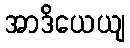
အာဒိယေယျ